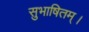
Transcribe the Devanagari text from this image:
सुभाषितम्।